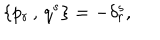
\{ p _ { r } \, , \, q ^ { s } \} = - \delta _ { r } ^ { s } ,